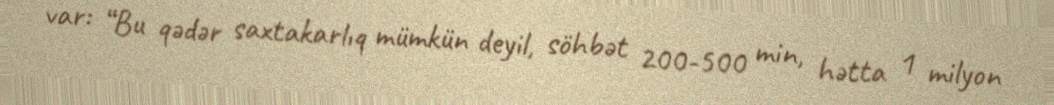
var: “Bu qədər saxtakarlıq mümkün deyil, söhbət 200-500 min, hətta 1 milyon